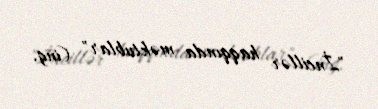
"İncillər haqqında məktublar" (ing.